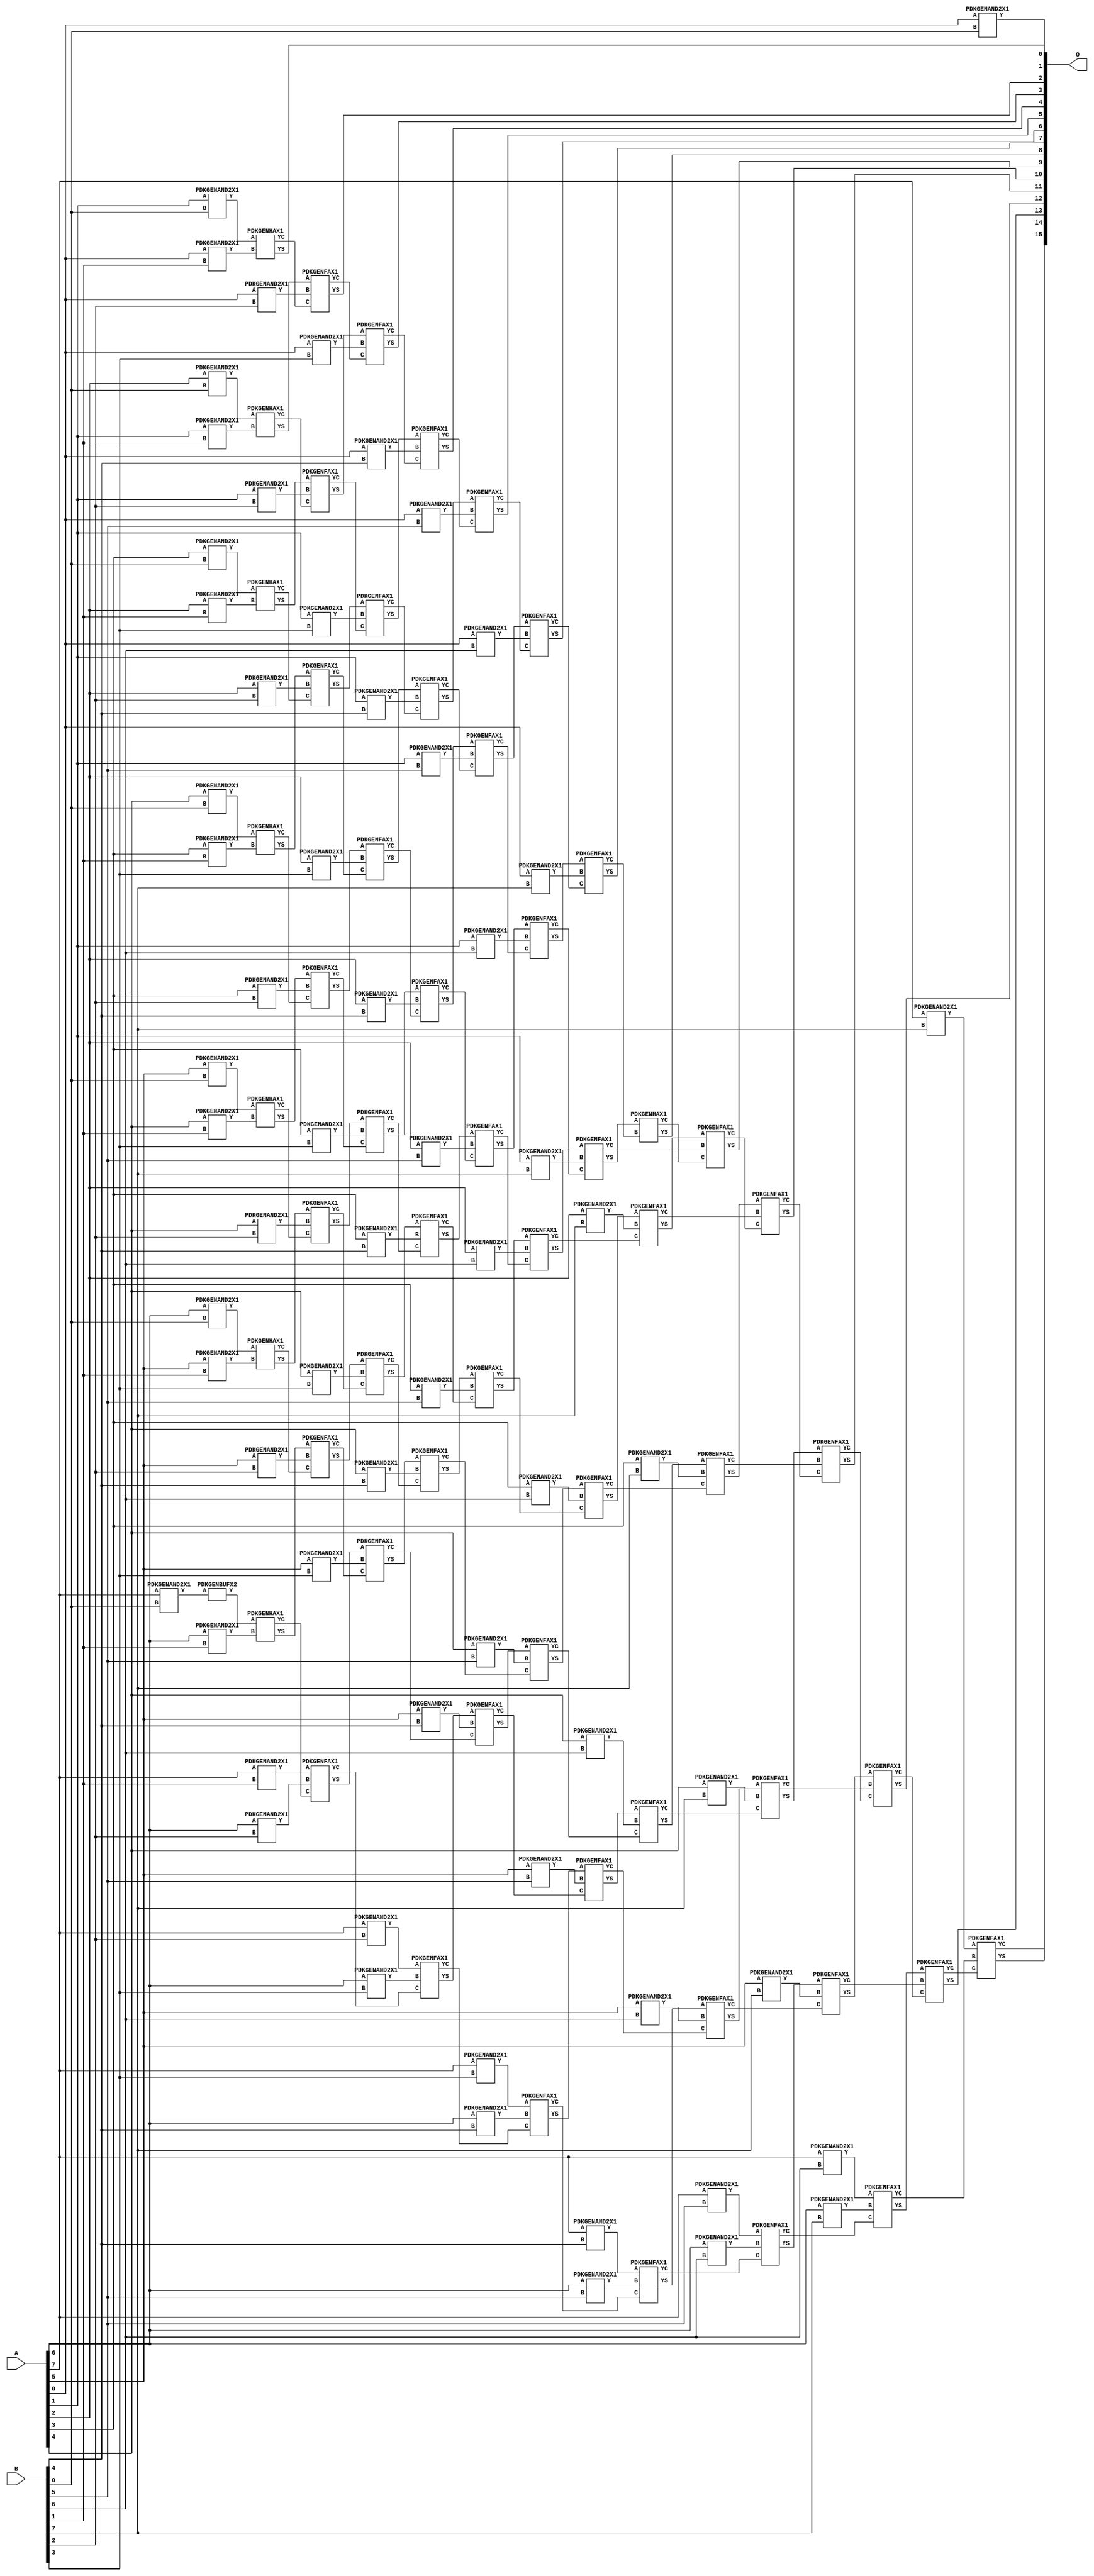
/***
* This code is a part of EvoApproxLib library (ehw.fit.vutbr.cz/approxlib) distributed under The MIT License.
* When used, please cite the following article(s): PRABAKARAN B. S., MRAZEK V., VASICEK Z., SEKANINA L., SHAFIQUE M. ApproxFPGAs: Embracing ASIC-based Approximate Arithmetic Components for FPGA-Based Systems. DAC 2020. 
***/
// MAE% = 0.00 %
// MAE = 0 
// WCE% = 0.00 %
// WCE = 0 
// WCRE% = 0.00 %
// EP% = 0.00 %
// MRE% = 0.00 %
// MSE = 0 
// FPGA_POWER = 1.3
// FPGA_DELAY = 12
// FPGA_LUT = 74



module mul8u_1JD3(A, B, O);
  input [7:0] A;
  input [7:0] B;
  output [15:0] O;
  wire [2031:0] N;

  assign N[0] = A[0];
  assign N[1] = A[0];
  assign N[2] = A[1];
  assign N[3] = A[1];
  assign N[4] = A[2];
  assign N[5] = A[2];
  assign N[6] = A[3];
  assign N[7] = A[3];
  assign N[8] = A[4];
  assign N[9] = A[4];
  assign N[10] = A[5];
  assign N[11] = A[5];
  assign N[12] = A[6];
  assign N[13] = A[6];
  assign N[14] = A[7];
  assign N[15] = A[7];
  assign N[16] = B[0];
  assign N[17] = B[0];
  assign N[18] = B[1];
  assign N[19] = B[1];
  assign N[20] = B[2];
  assign N[21] = B[2];
  assign N[22] = B[3];
  assign N[23] = B[3];
  assign N[24] = B[4];
  assign N[25] = B[4];
  assign N[26] = B[5];
  assign N[27] = B[5];
  assign N[28] = B[6];
  assign N[29] = B[6];
  assign N[30] = B[7];
  assign N[31] = B[7];

  PDKGENAND2X1 n32(.A(N[0]), .B(N[16]), .Y(N[32]));
  PDKGENAND2X1 n48(.A(N[2]), .B(N[16]), .Y(N[48]));
  PDKGENAND2X1 n64(.A(N[4]), .B(N[16]), .Y(N[64]));
  PDKGENAND2X1 n82(.A(N[6]), .B(N[16]), .Y(N[82]));
  PDKGENAND2X1 n98(.A(N[8]), .B(N[16]), .Y(N[98]));
  PDKGENAND2X1 n114(.A(N[10]), .B(N[16]), .Y(N[114]));
  PDKGENAND2X1 n132(.A(N[12]), .B(N[16]), .Y(N[132]));
  PDKGENAND2X1 n148(.A(N[14]), .B(N[16]), .Y(N[148]));
  assign N[149] = N[148];
  PDKGENAND2X1 n164(.A(N[0]), .B(N[18]), .Y(N[164]));
  PDKGENBUFX2 n166(.A(N[149]), .Y(N[166]));
  assign N[167] = N[166];
  PDKGENAND2X1 n182(.A(N[2]), .B(N[18]), .Y(N[182]));
  PDKGENAND2X1 n198(.A(N[4]), .B(N[18]), .Y(N[198]));
  PDKGENAND2X1 n214(.A(N[6]), .B(N[18]), .Y(N[214]));
  PDKGENAND2X1 n232(.A(N[8]), .B(N[18]), .Y(N[232]));
  PDKGENAND2X1 n248(.A(N[10]), .B(N[18]), .Y(N[248]));
  PDKGENAND2X1 n264(.A(N[12]), .B(N[18]), .Y(N[264]));
  PDKGENAND2X1 n282(.A(N[14]), .B(N[18]), .Y(N[282]));
  PDKGENHAX1 n298(.A(N[48]), .B(N[164]), .YS(N[298]), .YC(N[299]));
  PDKGENHAX1 n314(.A(N[64]), .B(N[182]), .YS(N[314]), .YC(N[315]));
  PDKGENHAX1 n332(.A(N[82]), .B(N[198]), .YS(N[332]), .YC(N[333]));
  PDKGENHAX1 n348(.A(N[98]), .B(N[214]), .YS(N[348]), .YC(N[349]));
  PDKGENHAX1 n364(.A(N[114]), .B(N[232]), .YS(N[364]), .YC(N[365]));
  PDKGENHAX1 n382(.A(N[132]), .B(N[248]), .YS(N[382]), .YC(N[383]));
  PDKGENHAX1 n398(.A(N[167]), .B(N[264]), .YS(N[398]), .YC(N[399]));
  PDKGENAND2X1 n414(.A(N[0]), .B(N[20]), .Y(N[414]));
  PDKGENAND2X1 n432(.A(N[2]), .B(N[20]), .Y(N[432]));
  PDKGENAND2X1 n448(.A(N[4]), .B(N[20]), .Y(N[448]));
  PDKGENAND2X1 n464(.A(N[6]), .B(N[20]), .Y(N[464]));
  PDKGENAND2X1 n482(.A(N[8]), .B(N[20]), .Y(N[482]));
  PDKGENAND2X1 n498(.A(N[10]), .B(N[20]), .Y(N[498]));
  PDKGENAND2X1 n514(.A(N[12]), .B(N[20]), .Y(N[514]));
  PDKGENAND2X1 n532(.A(N[14]), .B(N[20]), .Y(N[532]));
  PDKGENFAX1 n548(.A(N[314]), .B(N[414]), .C(N[299]), .YS(N[548]), .YC(N[549]));
  PDKGENFAX1 n564(.A(N[332]), .B(N[432]), .C(N[315]), .YS(N[564]), .YC(N[565]));
  PDKGENFAX1 n582(.A(N[348]), .B(N[448]), .C(N[333]), .YS(N[582]), .YC(N[583]));
  PDKGENFAX1 n598(.A(N[364]), .B(N[464]), .C(N[349]), .YS(N[598]), .YC(N[599]));
  PDKGENFAX1 n614(.A(N[382]), .B(N[482]), .C(N[365]), .YS(N[614]), .YC(N[615]));
  PDKGENFAX1 n632(.A(N[398]), .B(N[498]), .C(N[383]), .YS(N[632]), .YC(N[633]));
  PDKGENFAX1 n648(.A(N[282]), .B(N[514]), .C(N[399]), .YS(N[648]), .YC(N[649]));
  PDKGENAND2X1 n664(.A(N[0]), .B(N[22]), .Y(N[664]));
  PDKGENAND2X1 n682(.A(N[2]), .B(N[22]), .Y(N[682]));
  PDKGENAND2X1 n698(.A(N[4]), .B(N[22]), .Y(N[698]));
  PDKGENAND2X1 n714(.A(N[6]), .B(N[22]), .Y(N[714]));
  PDKGENAND2X1 n732(.A(N[8]), .B(N[22]), .Y(N[732]));
  PDKGENAND2X1 n748(.A(N[10]), .B(N[22]), .Y(N[748]));
  PDKGENAND2X1 n764(.A(N[12]), .B(N[22]), .Y(N[764]));
  PDKGENAND2X1 n782(.A(N[14]), .B(N[22]), .Y(N[782]));
  PDKGENFAX1 n798(.A(N[564]), .B(N[664]), .C(N[549]), .YS(N[798]), .YC(N[799]));
  PDKGENFAX1 n814(.A(N[582]), .B(N[682]), .C(N[565]), .YS(N[814]), .YC(N[815]));
  PDKGENFAX1 n832(.A(N[598]), .B(N[698]), .C(N[583]), .YS(N[832]), .YC(N[833]));
  PDKGENFAX1 n848(.A(N[614]), .B(N[714]), .C(N[599]), .YS(N[848]), .YC(N[849]));
  PDKGENFAX1 n864(.A(N[632]), .B(N[732]), .C(N[615]), .YS(N[864]), .YC(N[865]));
  PDKGENFAX1 n882(.A(N[648]), .B(N[748]), .C(N[633]), .YS(N[882]), .YC(N[883]));
  PDKGENFAX1 n898(.A(N[532]), .B(N[764]), .C(N[649]), .YS(N[898]), .YC(N[899]));
  PDKGENAND2X1 n914(.A(N[0]), .B(N[24]), .Y(N[914]));
  PDKGENAND2X1 n932(.A(N[2]), .B(N[24]), .Y(N[932]));
  PDKGENAND2X1 n948(.A(N[4]), .B(N[24]), .Y(N[948]));
  PDKGENAND2X1 n964(.A(N[6]), .B(N[24]), .Y(N[964]));
  PDKGENAND2X1 n982(.A(N[8]), .B(N[24]), .Y(N[982]));
  PDKGENAND2X1 n998(.A(N[10]), .B(N[24]), .Y(N[998]));
  PDKGENAND2X1 n1014(.A(N[12]), .B(N[24]), .Y(N[1014]));
  PDKGENAND2X1 n1032(.A(N[14]), .B(N[24]), .Y(N[1032]));
  PDKGENFAX1 n1048(.A(N[814]), .B(N[914]), .C(N[799]), .YS(N[1048]), .YC(N[1049]));
  PDKGENFAX1 n1064(.A(N[832]), .B(N[932]), .C(N[815]), .YS(N[1064]), .YC(N[1065]));
  PDKGENFAX1 n1082(.A(N[848]), .B(N[948]), .C(N[833]), .YS(N[1082]), .YC(N[1083]));
  PDKGENFAX1 n1098(.A(N[864]), .B(N[964]), .C(N[849]), .YS(N[1098]), .YC(N[1099]));
  PDKGENFAX1 n1114(.A(N[882]), .B(N[982]), .C(N[865]), .YS(N[1114]), .YC(N[1115]));
  PDKGENFAX1 n1132(.A(N[898]), .B(N[998]), .C(N[883]), .YS(N[1132]), .YC(N[1133]));
  PDKGENFAX1 n1148(.A(N[782]), .B(N[1014]), .C(N[899]), .YS(N[1148]), .YC(N[1149]));
  PDKGENAND2X1 n1164(.A(N[0]), .B(N[26]), .Y(N[1164]));
  PDKGENAND2X1 n1182(.A(N[2]), .B(N[26]), .Y(N[1182]));
  PDKGENAND2X1 n1198(.A(N[4]), .B(N[26]), .Y(N[1198]));
  PDKGENAND2X1 n1214(.A(N[6]), .B(N[26]), .Y(N[1214]));
  PDKGENAND2X1 n1232(.A(N[8]), .B(N[26]), .Y(N[1232]));
  PDKGENAND2X1 n1248(.A(N[10]), .B(N[26]), .Y(N[1248]));
  PDKGENAND2X1 n1264(.A(N[12]), .B(N[26]), .Y(N[1264]));
  PDKGENAND2X1 n1282(.A(N[14]), .B(N[26]), .Y(N[1282]));
  PDKGENFAX1 n1298(.A(N[1064]), .B(N[1164]), .C(N[1049]), .YS(N[1298]), .YC(N[1299]));
  PDKGENFAX1 n1314(.A(N[1082]), .B(N[1182]), .C(N[1065]), .YS(N[1314]), .YC(N[1315]));
  PDKGENFAX1 n1332(.A(N[1098]), .B(N[1198]), .C(N[1083]), .YS(N[1332]), .YC(N[1333]));
  PDKGENFAX1 n1348(.A(N[1114]), .B(N[1214]), .C(N[1099]), .YS(N[1348]), .YC(N[1349]));
  PDKGENFAX1 n1364(.A(N[1132]), .B(N[1232]), .C(N[1115]), .YS(N[1364]), .YC(N[1365]));
  PDKGENFAX1 n1382(.A(N[1148]), .B(N[1248]), .C(N[1133]), .YS(N[1382]), .YC(N[1383]));
  PDKGENFAX1 n1398(.A(N[1032]), .B(N[1264]), .C(N[1149]), .YS(N[1398]), .YC(N[1399]));
  PDKGENAND2X1 n1414(.A(N[0]), .B(N[28]), .Y(N[1414]));
  PDKGENAND2X1 n1432(.A(N[2]), .B(N[28]), .Y(N[1432]));
  PDKGENAND2X1 n1448(.A(N[4]), .B(N[28]), .Y(N[1448]));
  PDKGENAND2X1 n1464(.A(N[6]), .B(N[28]), .Y(N[1464]));
  PDKGENAND2X1 n1482(.A(N[8]), .B(N[28]), .Y(N[1482]));
  PDKGENAND2X1 n1498(.A(N[10]), .B(N[28]), .Y(N[1498]));
  PDKGENAND2X1 n1514(.A(N[12]), .B(N[28]), .Y(N[1514]));
  PDKGENAND2X1 n1532(.A(N[14]), .B(N[28]), .Y(N[1532]));
  PDKGENFAX1 n1548(.A(N[1314]), .B(N[1414]), .C(N[1299]), .YS(N[1548]), .YC(N[1549]));
  PDKGENFAX1 n1564(.A(N[1332]), .B(N[1432]), .C(N[1315]), .YS(N[1564]), .YC(N[1565]));
  PDKGENFAX1 n1582(.A(N[1348]), .B(N[1448]), .C(N[1333]), .YS(N[1582]), .YC(N[1583]));
  PDKGENFAX1 n1598(.A(N[1364]), .B(N[1464]), .C(N[1349]), .YS(N[1598]), .YC(N[1599]));
  PDKGENFAX1 n1614(.A(N[1382]), .B(N[1482]), .C(N[1365]), .YS(N[1614]), .YC(N[1615]));
  PDKGENFAX1 n1632(.A(N[1398]), .B(N[1498]), .C(N[1383]), .YS(N[1632]), .YC(N[1633]));
  PDKGENFAX1 n1648(.A(N[1282]), .B(N[1514]), .C(N[1399]), .YS(N[1648]), .YC(N[1649]));
  PDKGENAND2X1 n1664(.A(N[0]), .B(N[30]), .Y(N[1664]));
  PDKGENAND2X1 n1682(.A(N[2]), .B(N[30]), .Y(N[1682]));
  PDKGENAND2X1 n1698(.A(N[4]), .B(N[30]), .Y(N[1698]));
  PDKGENAND2X1 n1714(.A(N[6]), .B(N[30]), .Y(N[1714]));
  PDKGENAND2X1 n1732(.A(N[8]), .B(N[30]), .Y(N[1732]));
  PDKGENAND2X1 n1748(.A(N[10]), .B(N[30]), .Y(N[1748]));
  PDKGENAND2X1 n1764(.A(N[12]), .B(N[30]), .Y(N[1764]));
  PDKGENAND2X1 n1782(.A(N[14]), .B(N[30]), .Y(N[1782]));
  PDKGENFAX1 n1798(.A(N[1564]), .B(N[1664]), .C(N[1549]), .YS(N[1798]), .YC(N[1799]));
  PDKGENFAX1 n1814(.A(N[1582]), .B(N[1682]), .C(N[1565]), .YS(N[1814]), .YC(N[1815]));
  PDKGENFAX1 n1832(.A(N[1598]), .B(N[1698]), .C(N[1583]), .YS(N[1832]), .YC(N[1833]));
  PDKGENFAX1 n1848(.A(N[1614]), .B(N[1714]), .C(N[1599]), .YS(N[1848]), .YC(N[1849]));
  PDKGENFAX1 n1864(.A(N[1632]), .B(N[1732]), .C(N[1615]), .YS(N[1864]), .YC(N[1865]));
  PDKGENFAX1 n1882(.A(N[1648]), .B(N[1748]), .C(N[1633]), .YS(N[1882]), .YC(N[1883]));
  PDKGENFAX1 n1898(.A(N[1532]), .B(N[1764]), .C(N[1649]), .YS(N[1898]), .YC(N[1899]));
  PDKGENHAX1 n1914(.A(N[1814]), .B(N[1799]), .YS(N[1914]), .YC(N[1915]));
  PDKGENFAX1 n1932(.A(N[1832]), .B(N[1815]), .C(N[1915]), .YS(N[1932]), .YC(N[1933]));
  PDKGENFAX1 n1948(.A(N[1848]), .B(N[1833]), .C(N[1933]), .YS(N[1948]), .YC(N[1949]));
  PDKGENFAX1 n1964(.A(N[1864]), .B(N[1849]), .C(N[1949]), .YS(N[1964]), .YC(N[1965]));
  PDKGENFAX1 n1982(.A(N[1882]), .B(N[1865]), .C(N[1965]), .YS(N[1982]), .YC(N[1983]));
  PDKGENFAX1 n1998(.A(N[1898]), .B(N[1883]), .C(N[1983]), .YS(N[1998]), .YC(N[1999]));
  PDKGENFAX1 n2014(.A(N[1782]), .B(N[1899]), .C(N[1999]), .YS(N[2014]), .YC(N[2015]));

  assign O[0] = N[32];
  assign O[1] = N[298];
  assign O[2] = N[548];
  assign O[3] = N[798];
  assign O[4] = N[1048];
  assign O[5] = N[1298];
  assign O[6] = N[1548];
  assign O[7] = N[1798];
  assign O[8] = N[1914];
  assign O[9] = N[1932];
  assign O[10] = N[1948];
  assign O[11] = N[1964];
  assign O[12] = N[1982];
  assign O[13] = N[1998];
  assign O[14] = N[2014];
  assign O[15] = N[2015];

endmodule


/* mod */
module PDKGENBUFX2(input A, output Y );
     assign Y = A;
endmodule
/* mod */
module PDKGENFAX1( input A, input B, input C, output YS, output YC );
    assign YS = (A ^ B) ^ C;
    assign YC = (A & B) | (B & C) | (A & C);
endmodule
/* mod */
module PDKGENHAX1( input A, input B, output YS, output YC );
    assign YS = A ^ B;
    assign YC = A & B;
endmodule
/* mod */
module PDKGENAND2X1(input A, input B, output Y );
     assign Y = A & B;
endmodule